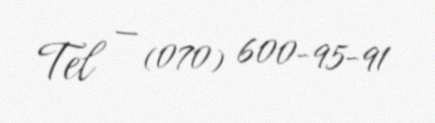
Tel — (070) 600-95-91